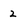
Character: 2